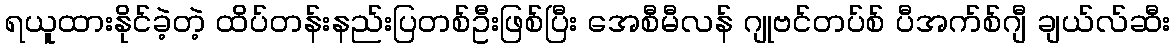
ရယူထားနိုင်ခဲ့တဲ့ ထိပ်တန်းနည်းပြတစ်ဦးဖြစ်ပြီး အေစီမီလန် ဂျုဗင်တပ်စ် ပီအက်စ်ဂျီ ချယ်လ်ဆီး